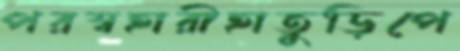
পরস্বহারীহাতুড়িপে